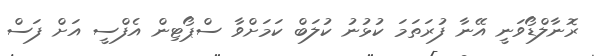
ރޮނާލްޑޯވަނީ އޭނާ ފުރަތަމަ ކުޅުނު ކުލަބް ކަމަށްވާ ސްޕޯޓިން އެފްސީ އަށް ފަސް